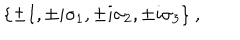
LaTeX: \{ \pm I , \pm i \sigma _ { 1 } , \pm i \sigma _ { 2 } , \pm i \sigma _ { 3 } \} ~ ,